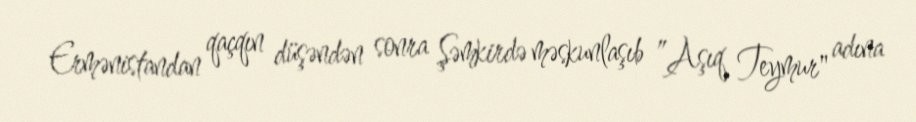
Ermənistandan qaçqın düşəndən sonra Şəmkirdə məskunlaşıb ”Aşıq Teymur" adına